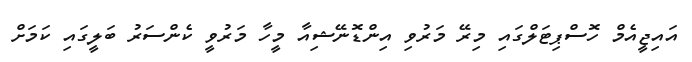
އައިޖީއެމް ހޮސްޕިޓަލްގައި މިރޭ މަރުވި އިންޑޮނޭޝިއާ މީހާ މަރުވީ ކެންސަރު ބަލީގައި ކަމަށް